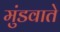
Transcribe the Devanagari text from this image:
मुंडवाते